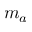
m _ { a }